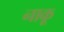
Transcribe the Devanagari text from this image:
नाकू